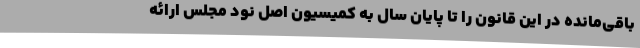
باقی‌مانده در این قانون را تا پایان سال به کمیسیون اصل نود مجلس ارائه